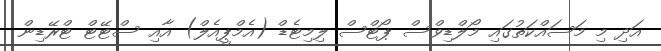
އަދި މި މަސައްކަތުގައި މޯލްޑިވްސް ޕޯޓްސް ލިމިޓެޑް (އެމްޕީއެލް) އާއި ސްޓޭޓް ޓްރޭޑިން